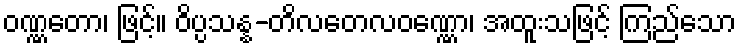
ဝဏ္ဏတော၊ ဖြင့်။ ဝိပ္ပသန္န-တိလတေလဝဏ္ဏော၊ အထူးသဖြင့် ကြည်သော